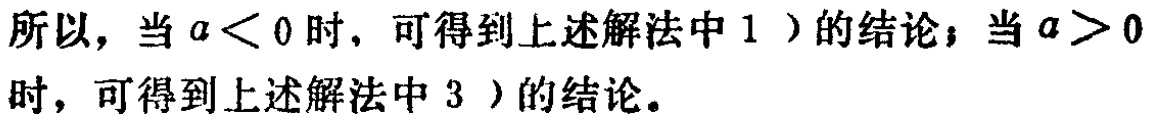
所以，当\(a < 0\)时，可得到上述解法中 1）的结论；当\(a > 0\)时，可得到上述解法中 3）的结论。